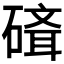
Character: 𥕁